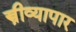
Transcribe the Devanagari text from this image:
स्त्रीव्यापार